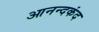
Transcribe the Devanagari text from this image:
आनन्‍दकंद